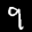
Label: 9